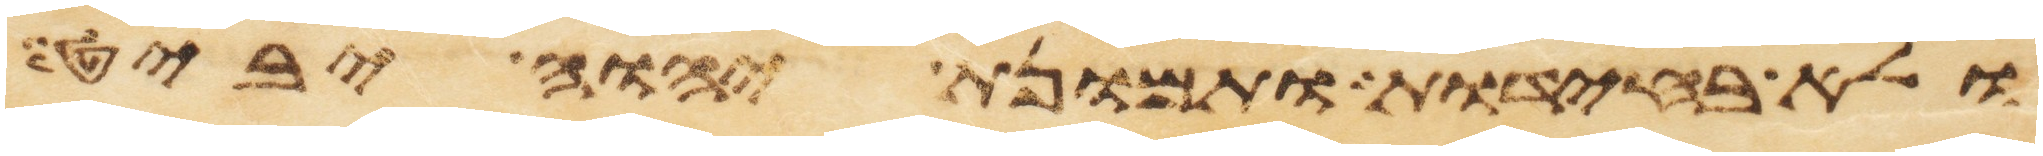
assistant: ולא בחידת ותמונת יהוה יביט